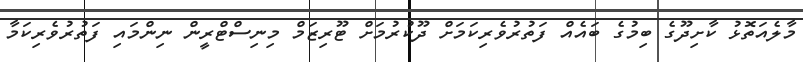
މާލެއަތޮޅު ކާށިދޫގެ ބިމުގެ ބައެއް ފަތުރުވެރިކަމަށް ދޫކުރުމަށް ޓޫރިޒަމް މިނިސްޓްރީން ނިންމައި ފަތުރުވެރިކަމާ